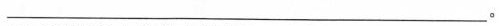
___。